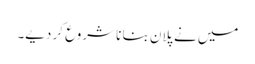
میں نے پلان بنا نا شروع کر دیے۔